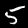
Label: 5